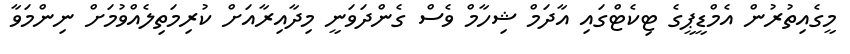
މީގެއިތުރުން އެމްޑީޕީގެ ޓިކެޓްގައި އާދަމް ޝިހާމް ވެސް ގެންދަވަނީ މިދާއިރާއަށް ކުރިމަތިލެއްވުމަށް ނިންމަވާ